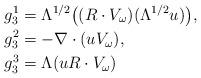
LaTeX: \begin{align*} g_3^1 &= \Lambda^{1/2} \big( (R\cdot V_\omega) (\Lambda^{1/2} u)\big),\\ g_3^2 &= -\nabla\cdot (u V_\omega),\\ g_3^3 &= \Lambda( u R\cdot V_\omega) \end{align*}